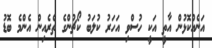
އަނެއްކޮޅުން އާތީ އަކީ ހުސްވި އަހަރު ކުލަބު ކޯޗުންގެ ތެރެއިން އެންމެ ބޮޑު